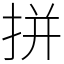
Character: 拼